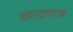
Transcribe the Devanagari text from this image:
कालाइ